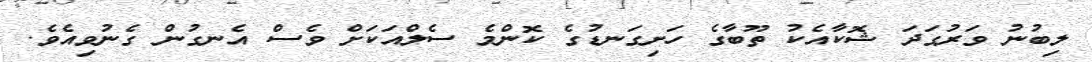
ލިބުނު ވަރުގަދަ ޝޮކާއެކު ތޫބާގެ ހަށިގަނޑުގެ ކޮންމެ ސެލްއަކަށް ވެސް އެނގުން ގެނުވިއެވެ.